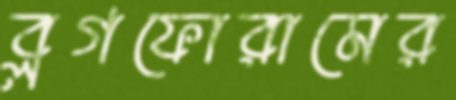
ব্লগফোরামের